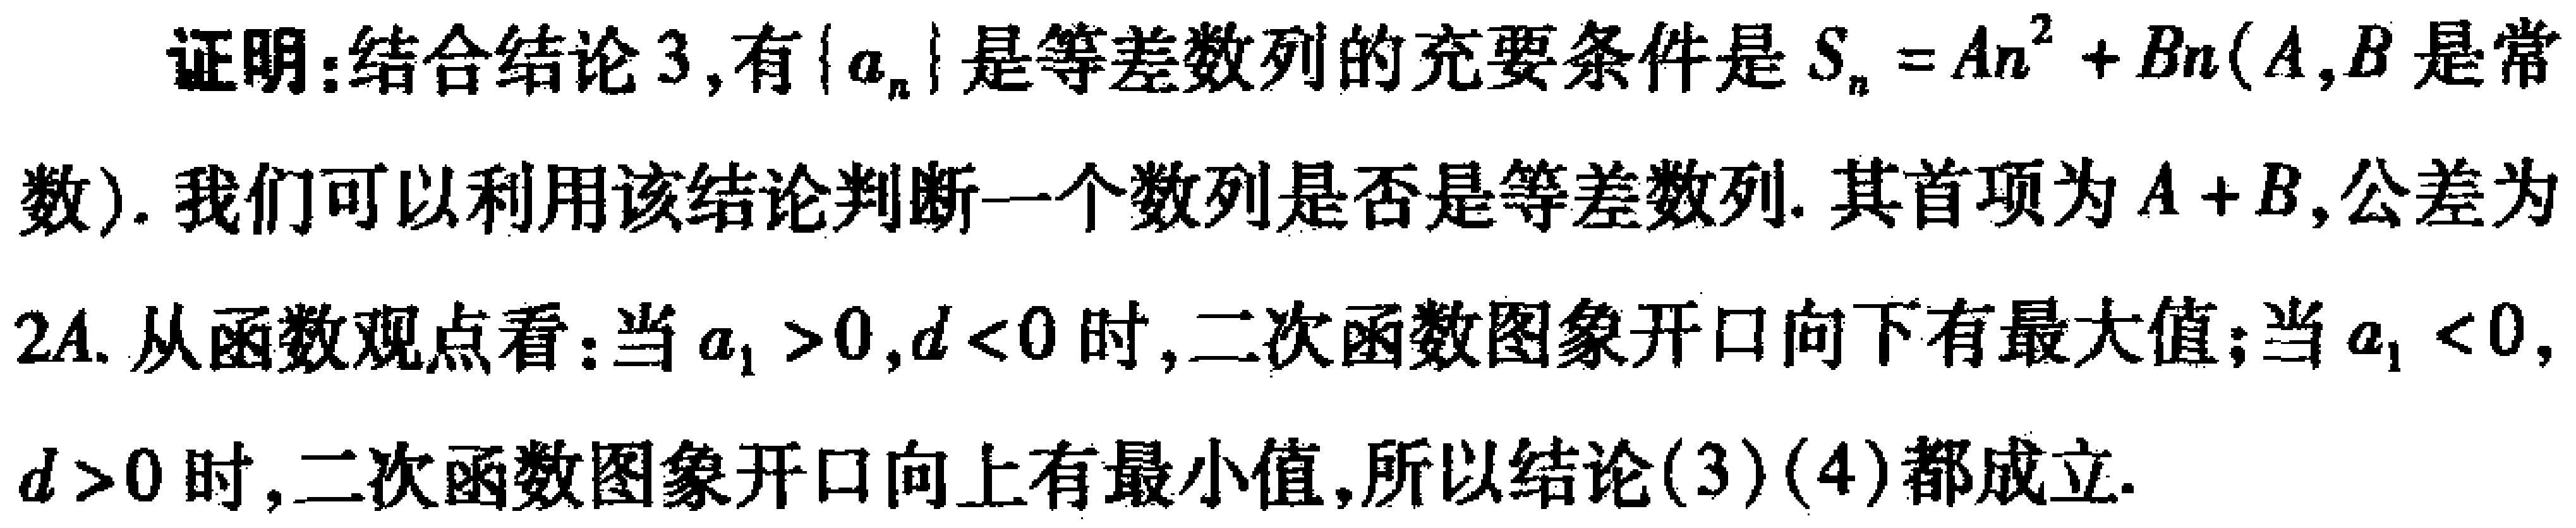
证明：结合结论3,有\(\{a_{n}\}\)是等差数列的充要条件是\(S_{n}=An^{2}+Bn(A,B\)是常数). 我们可以利用该结论判断一个数列是否是等差数列. 其首项为\(A + B\),公差为\(2A\). 从函数观点看：当\(a_{1}>0,d<0\)时,二次函数图象开口向下有最大值；当\(a_{1}<0,\) \(d>0\)时,二次函数图象开口向上有最小值,所以结论(3)(4)都成立.